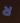
لا